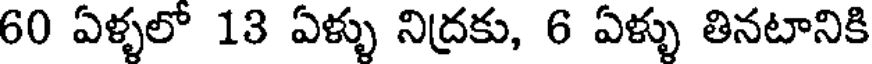
60 ఏళ్ళలో 13 ఏళ్ళు నిద్రకు, 6 ఏళ్ళు తినటానికి